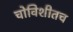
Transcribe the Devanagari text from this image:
चोविशीतच